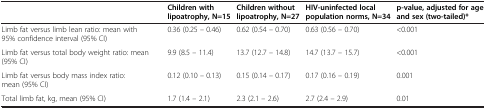
<table><thead><tr><td><b> </b></td><td><b>Children with lipoatrophy, N=15</b></td><td><b>Children without lipoatrophy, N=27</b></td><td><b>HIV-uninfected local population norms, N=34</b></td><td><b>p-value, adjusted for age and sex (two-tailed)*</b></td></tr></thead><tbody><tr><td>Limb fat versus limb lean ratio: mean with 95% confidence interval (95% CI)</td><td>0.36 (0.25 – 0.46)</td><td>0.62 (0.54 – 0.70)</td><td>0.63 (0.56 – 0.70)</td><td>&lt;0.001</td></tr><tr><td>Limb fat versus total body weight ratio: mean (95% CI)</td><td>9.9 (8.5 – 11.4)</td><td>13.7 (12.7 – 14.8)</td><td>14.7 (13.7 – 15.7)</td><td>&lt;0.001</td></tr><tr><td>Limb fat versus body mass index ratio: mean (95% CI)</td><td>0.12 (0.10 – 0.13)</td><td>0.15 (0.14 – 0.17)</td><td>0.17 (0.16 – 0.19)</td><td>0.001</td></tr><tr><td>Total limb fat, kg, mean (95% CI)</td><td>1.7 (1.4 – 2.1)</td><td>2.3 (2.1 – 2.6)</td><td>2.7 (2.4 – 2.9)</td><td>0.01</td></tr></tbody></table>